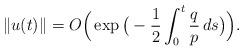
LaTeX: \begin{align*}\Vert u(t)\Vert = O\Big(\exp\big(-\frac{1}{2}\int_0^t\frac{q}{p}\, ds\big) \Big).\end{align*}